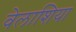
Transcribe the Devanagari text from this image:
वेलाशिया